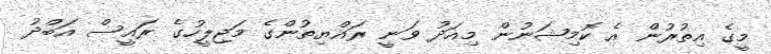
މީގެ އިތުރުން އެ ކޮމިޝަނުން މިއަދު ވަނީ ރައްޔިތުންގެ މަޖިލީހުގެ ރައީސް އަބްދު